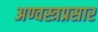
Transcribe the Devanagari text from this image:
अण्वस्त्रप्रसार